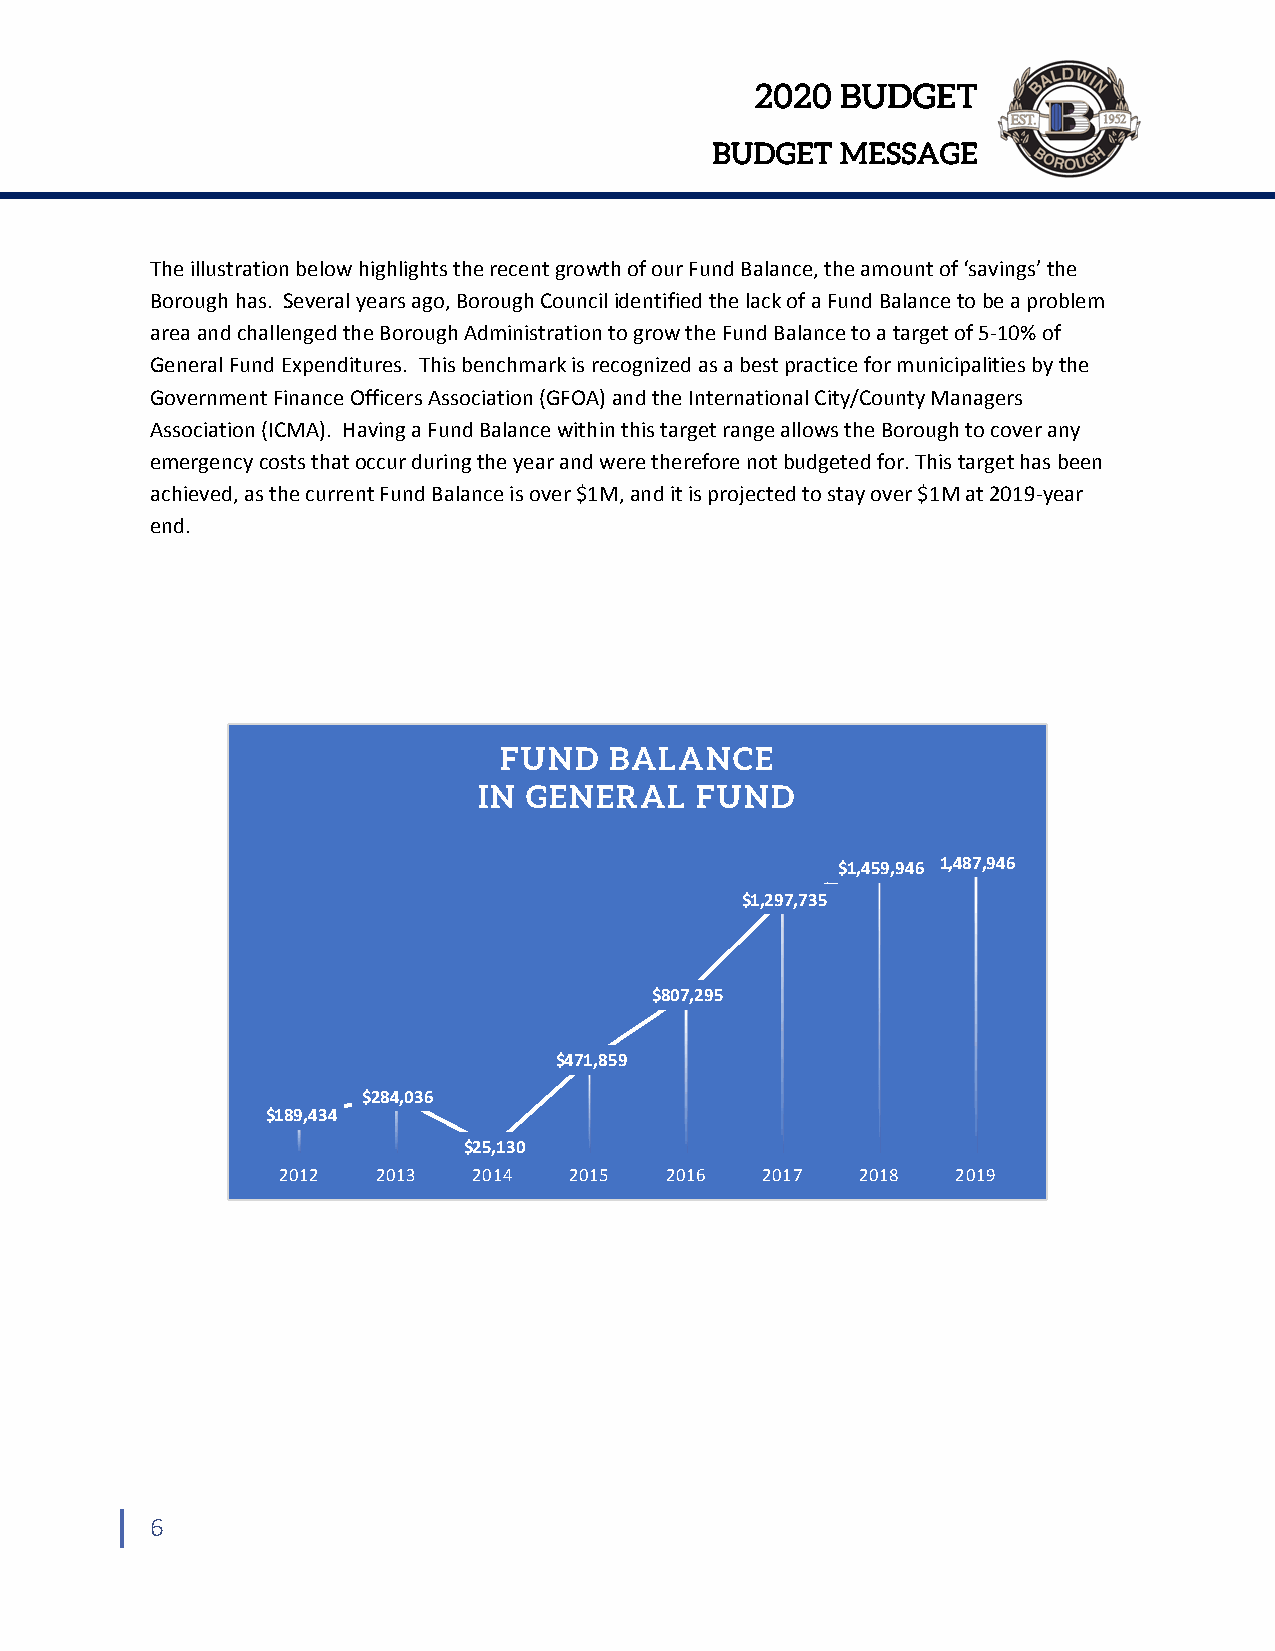
2020  BUDGET
 BUDGET   MESSAGE
 The illustration below highlights the recent growth of our Fund Balance, the amount of ‘savings’ the
 Borough has. Several years ago, Borough Council identified the lack of a Fund Balance to be a problem
 area and challenged the Borough Administration to grow the Fund Balance to a target of 5‐10% of
 General Fund Expenditures. This benchmark is recognized as a best practice for municipalities by the
 Government Finance Officers Association (GFOA) and the International City/County Managers
 Association (ICMA). Having a Fund Balance within this target range allows the Borough to cover any
 emergency costs that occur during the year and were therefore not budgeted for. This target has been
 achieved, as the current Fund Balance is over $1M, and it is projected to stay over $1M at 2019‐year
 end.
 FUND   BALANCE
 IN GENERAL    FUND
 $1,459,946 1,487,946
 $1,297,735
 $807,295
 $471,859
 $284,036
 $189,434
 $25,130
 2012   2013  2014   2015  2016  2017   2018  2019
 6